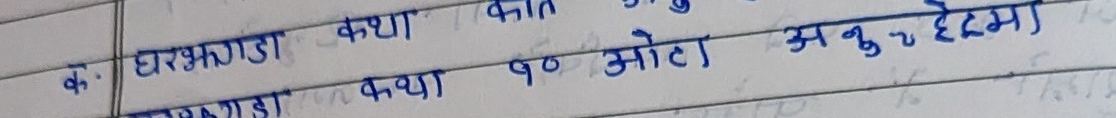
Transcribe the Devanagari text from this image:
क. घरकडा कथा
कथा १० ओटा अंकु रे देमा